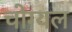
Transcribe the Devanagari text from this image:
चोग्यल